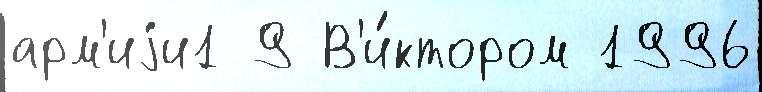
арм'иjи1 9 В'и́ктором 1996